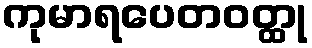
ကုမာရပေတဝတ္ထု